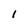
Character: l